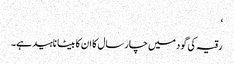
‘
رقیہ کی گود میں چار سال کا ان کا بیٹا ناہید ہے۔